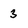
Character: 3